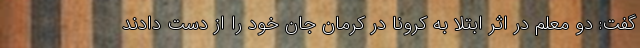
گفت: دو معلم در اثر ابتلا به کرونا در کرمان جان خود را از دست دادند